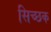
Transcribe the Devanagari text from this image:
सिच्‍छक